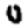
Digit: 0